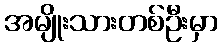
အမျိုးသားတစ်ဦးမှာ